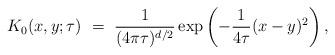
LaTeX: \begin{align*}K_0(x,y;\tau)\ =\ \frac{1}{(4\pi\tau)^{d/2}} \exp\left(-\frac{1}{4\tau}(x-y)^2\right),\end{align*}